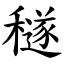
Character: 穟